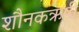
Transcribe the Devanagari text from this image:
शौनकऋषी